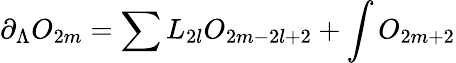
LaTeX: \partial_{\Lambda}O_{2m}=\sum L_{2l}O_{2m-2l+2}+\int O_{2m+2}